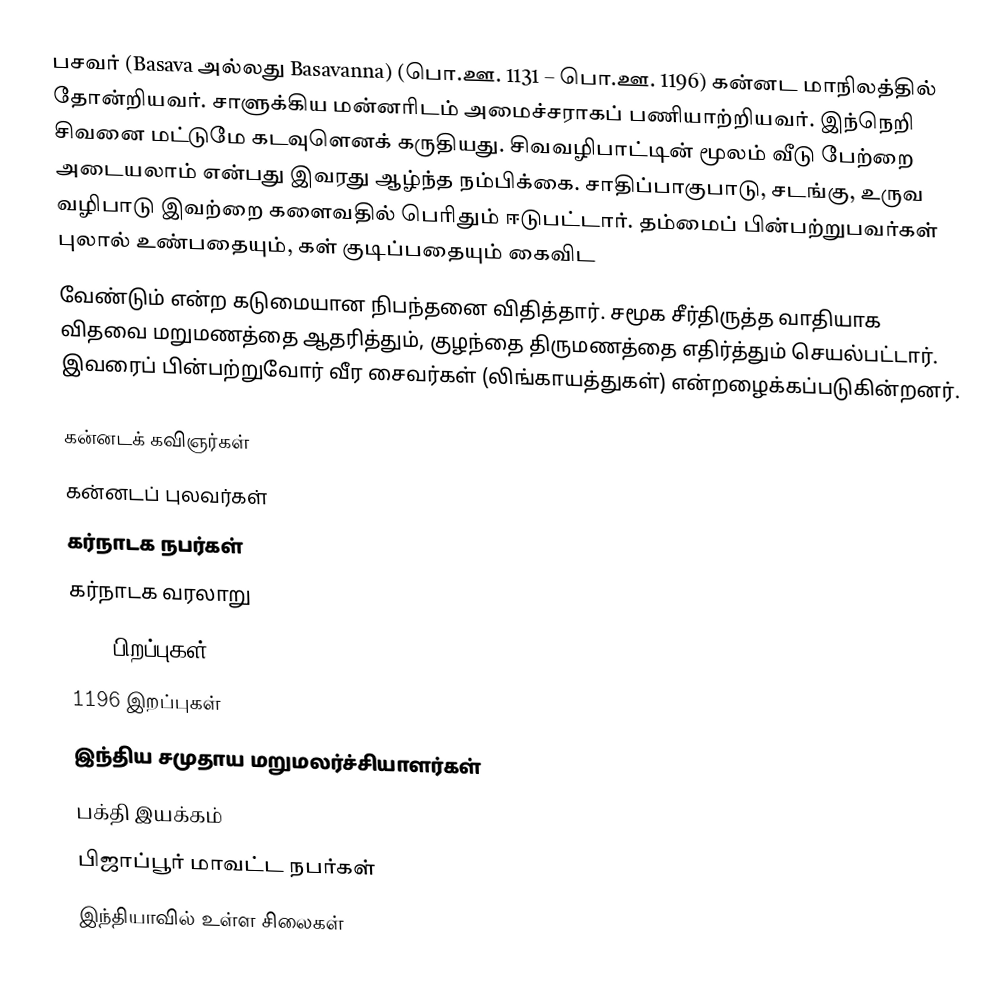
பசவர் (Basava அல்லது Basavanna) (பொ.ஊ. 1131 – பொ.ஊ. 1196) கன்னட மாநிலத்தில் தோன்றியவர். சாளுக்கிய மன்னரிடம் அமைச்சராகப் பணியாற்றியவர். இந்நெறி சிவனை மட்டுமே கடவுளெனக் கருதியது. சிவவழிபாட்டின் மூலம் வீடு பேற்றை அடையலாம் என்பது இவரது ஆழ்ந்த நம்பிக்கை. சாதிப்பாகுபாடு, சடங்கு, உருவ வழிபாடு இவற்றை களைவதில் பெரிதும் ஈடுபட்டார். தம்மைப் பின்பற்றுபவர்கள் புலால் உண்பதையும், கள் குடிப்பதையும் கைவிட
வேண்டும் என்ற கடுமையான நிபந்தனை விதித்தார். சமூக சீர்திருத்த வாதியாக விதவை மறுமணத்தை ஆதரித்தும், குழந்தை திருமணத்தை எதிர்த்தும் செயல்பட்டார். இவரைப் பின்பற்றுவோர் வீர சைவர்கள் (லிங்காயத்துகள்) என்றழைக்கப்படுகின்றனர்.

கன்னடக் கவிஞர்கள்
கன்னடப் புலவர்கள்
கர்நாடக நபர்கள்
கர்நாடக வரலாறு
1134 பிறப்புகள்
1196 இறப்புகள்
இந்திய சமுதாய மறுமலர்ச்சியாளர்கள்
பக்தி இயக்கம்
பிஜாப்பூர் மாவட்ட நபர்கள்
இந்தியாவில் உள்ள சிலைகள்